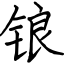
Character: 锒